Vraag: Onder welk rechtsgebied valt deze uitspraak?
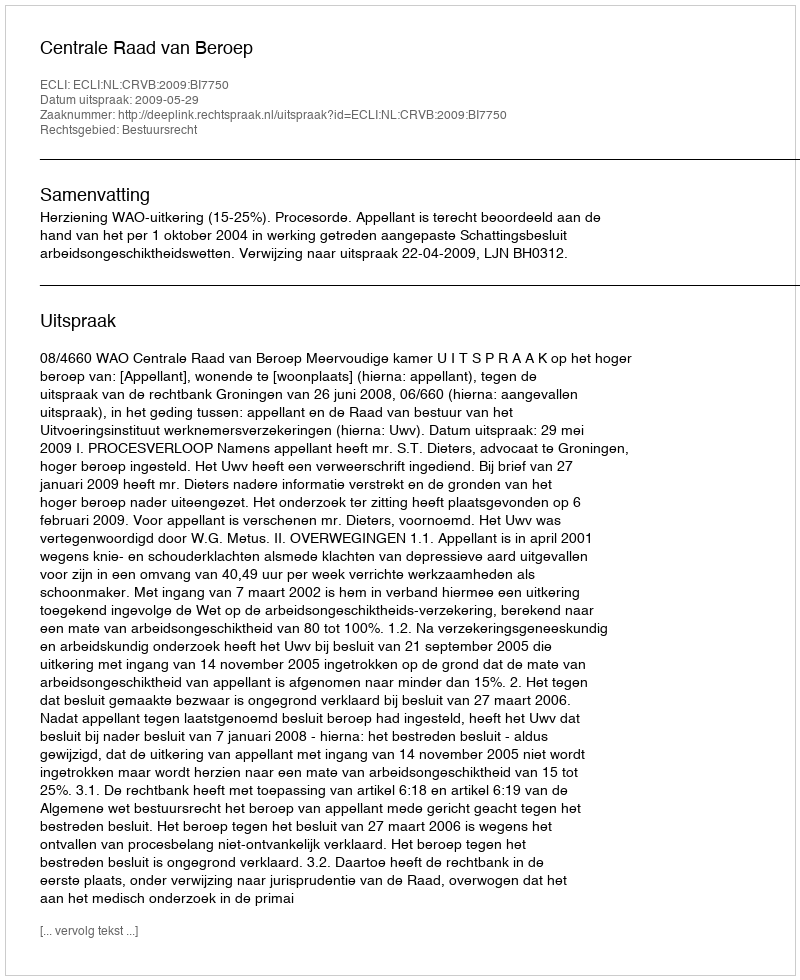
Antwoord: Bestuursrecht